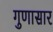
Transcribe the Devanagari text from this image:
गुणासार